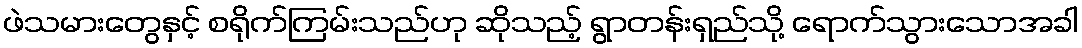
ဖဲသမားတွေနှင့် စရိုက်ကြမ်းသည်ဟု ဆိုသည့် ရွာတန်းရှည်သို့ ရောက်သွားသောအခါ